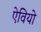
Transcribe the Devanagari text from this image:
ऐवियो